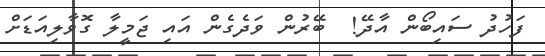
ފަހުދު ސައިބޯން އާދޭ!  ބޭރުން ވަދެގެން އައި ޖަމީލާ ގޮވާލިއަޑަށް